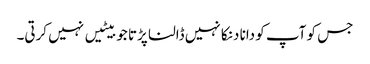
جس کو آپ کو دانا دنکا نہیں ڈالنا پڑتا جو بیٹیں نہیں کرتی۔